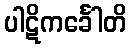
ပါဋိကင်္ခေါတိ